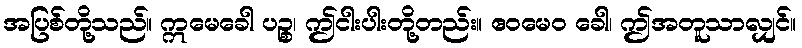
အပြစ်တို့သည်။ ဣမေခေါ ပဉ္စ၊ ဤငါးပါးတို့တည်း။ ဧဝမေဝ ခေါ၊ ဤအတူသာလျှင်။